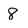
Character: 8